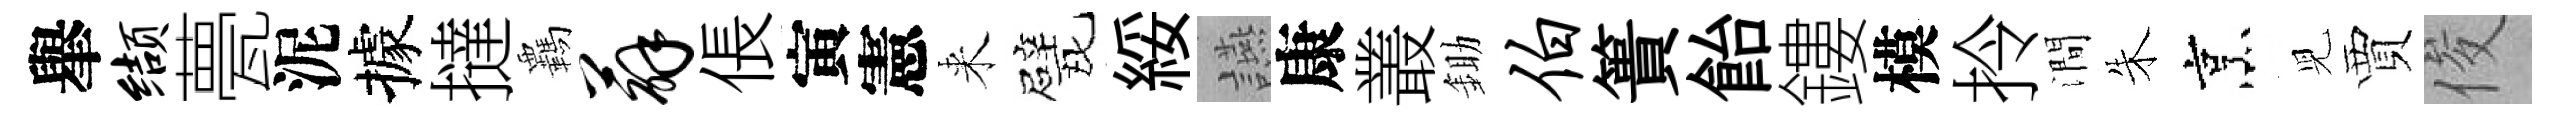
𦦙缬甍泥據撻覊薜倀寅憲来戏綏讌康叢鋤伯簣飴鏤模拎澗朱烹児賈俊